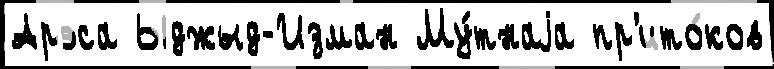
Арэса Ыджыд-Изман Му́тнаjа пр'ито́ков